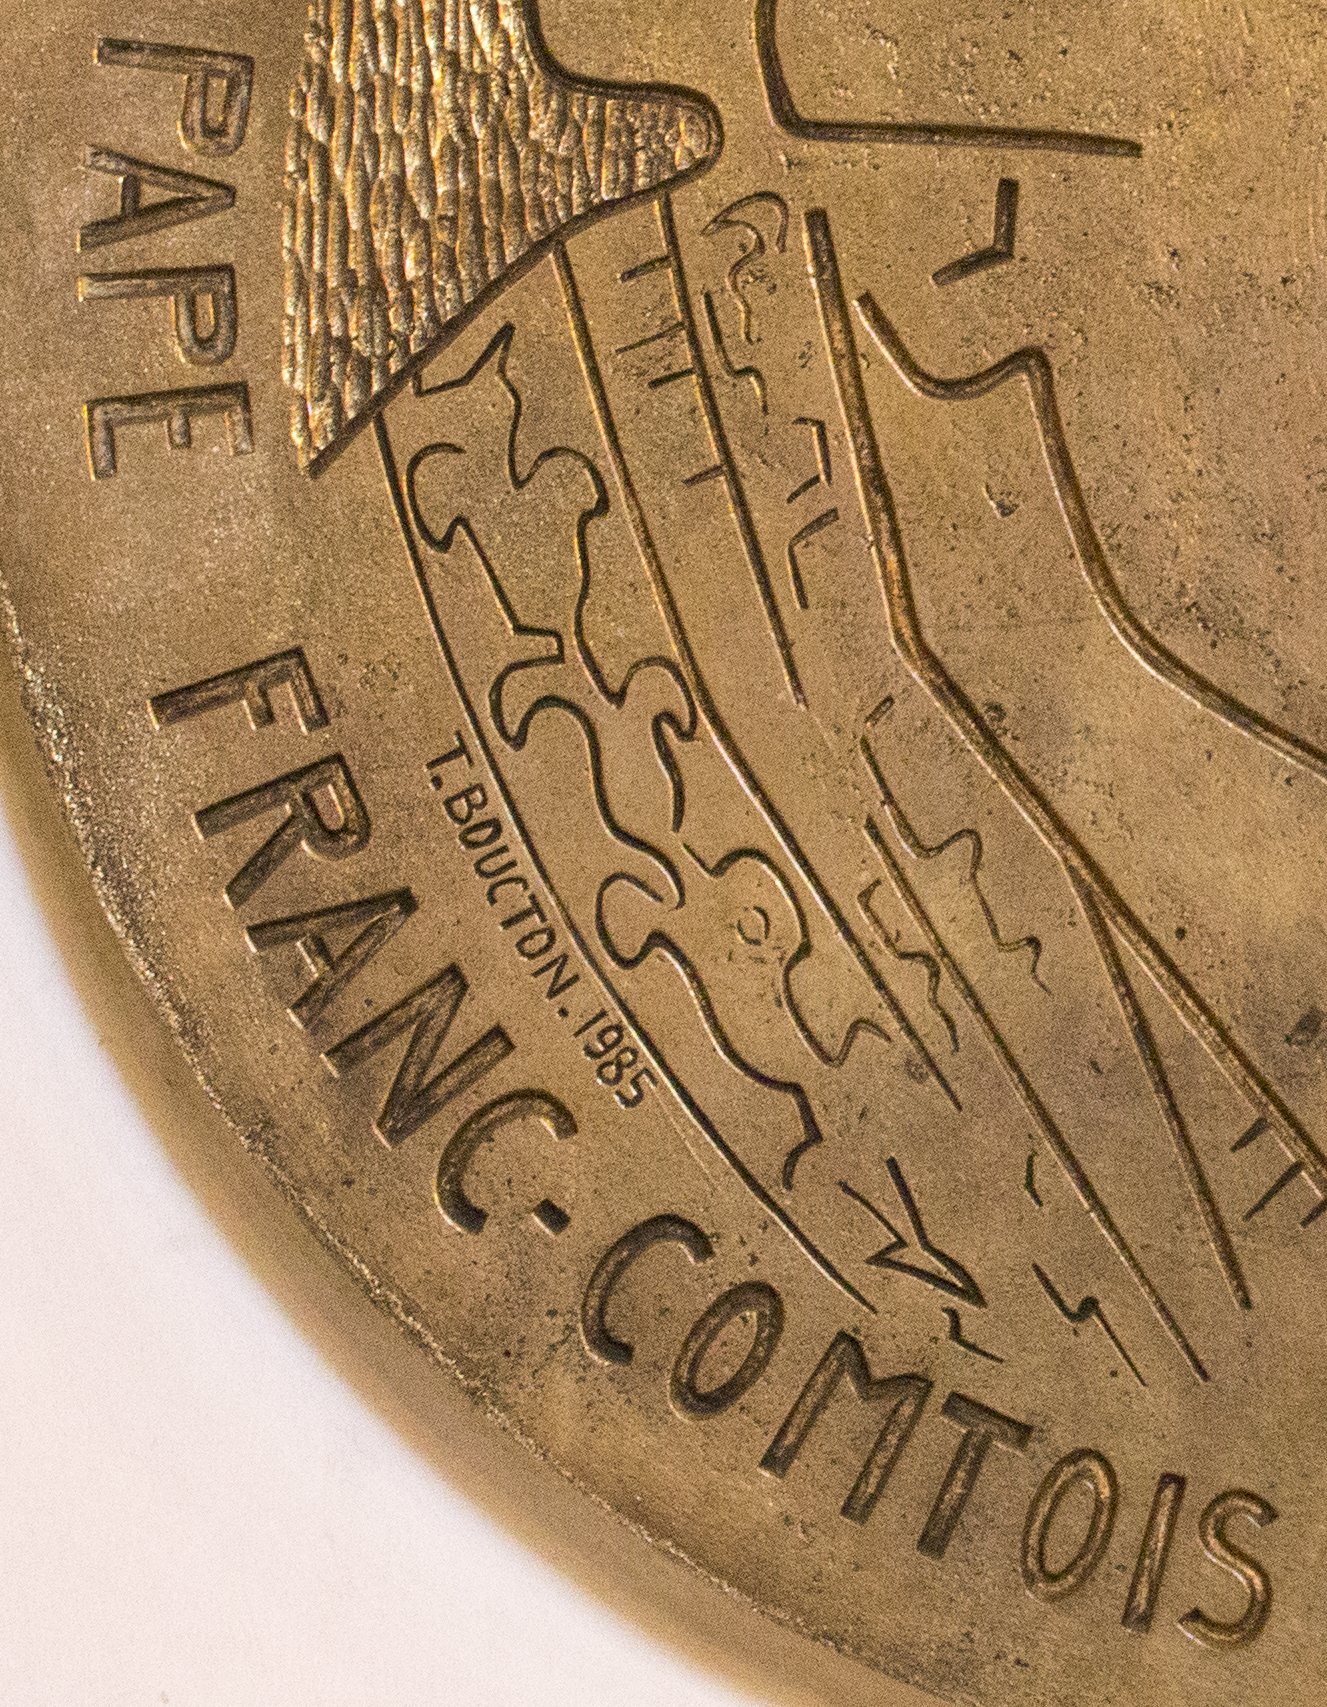
PAPE FRANC-COMTOIS